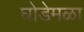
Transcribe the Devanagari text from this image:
घोडेमळा